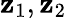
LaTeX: \mathbf{z}_{1},\mathbf{z}_{2}